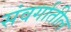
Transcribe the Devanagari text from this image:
संवर्गातील